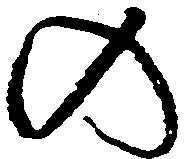
の